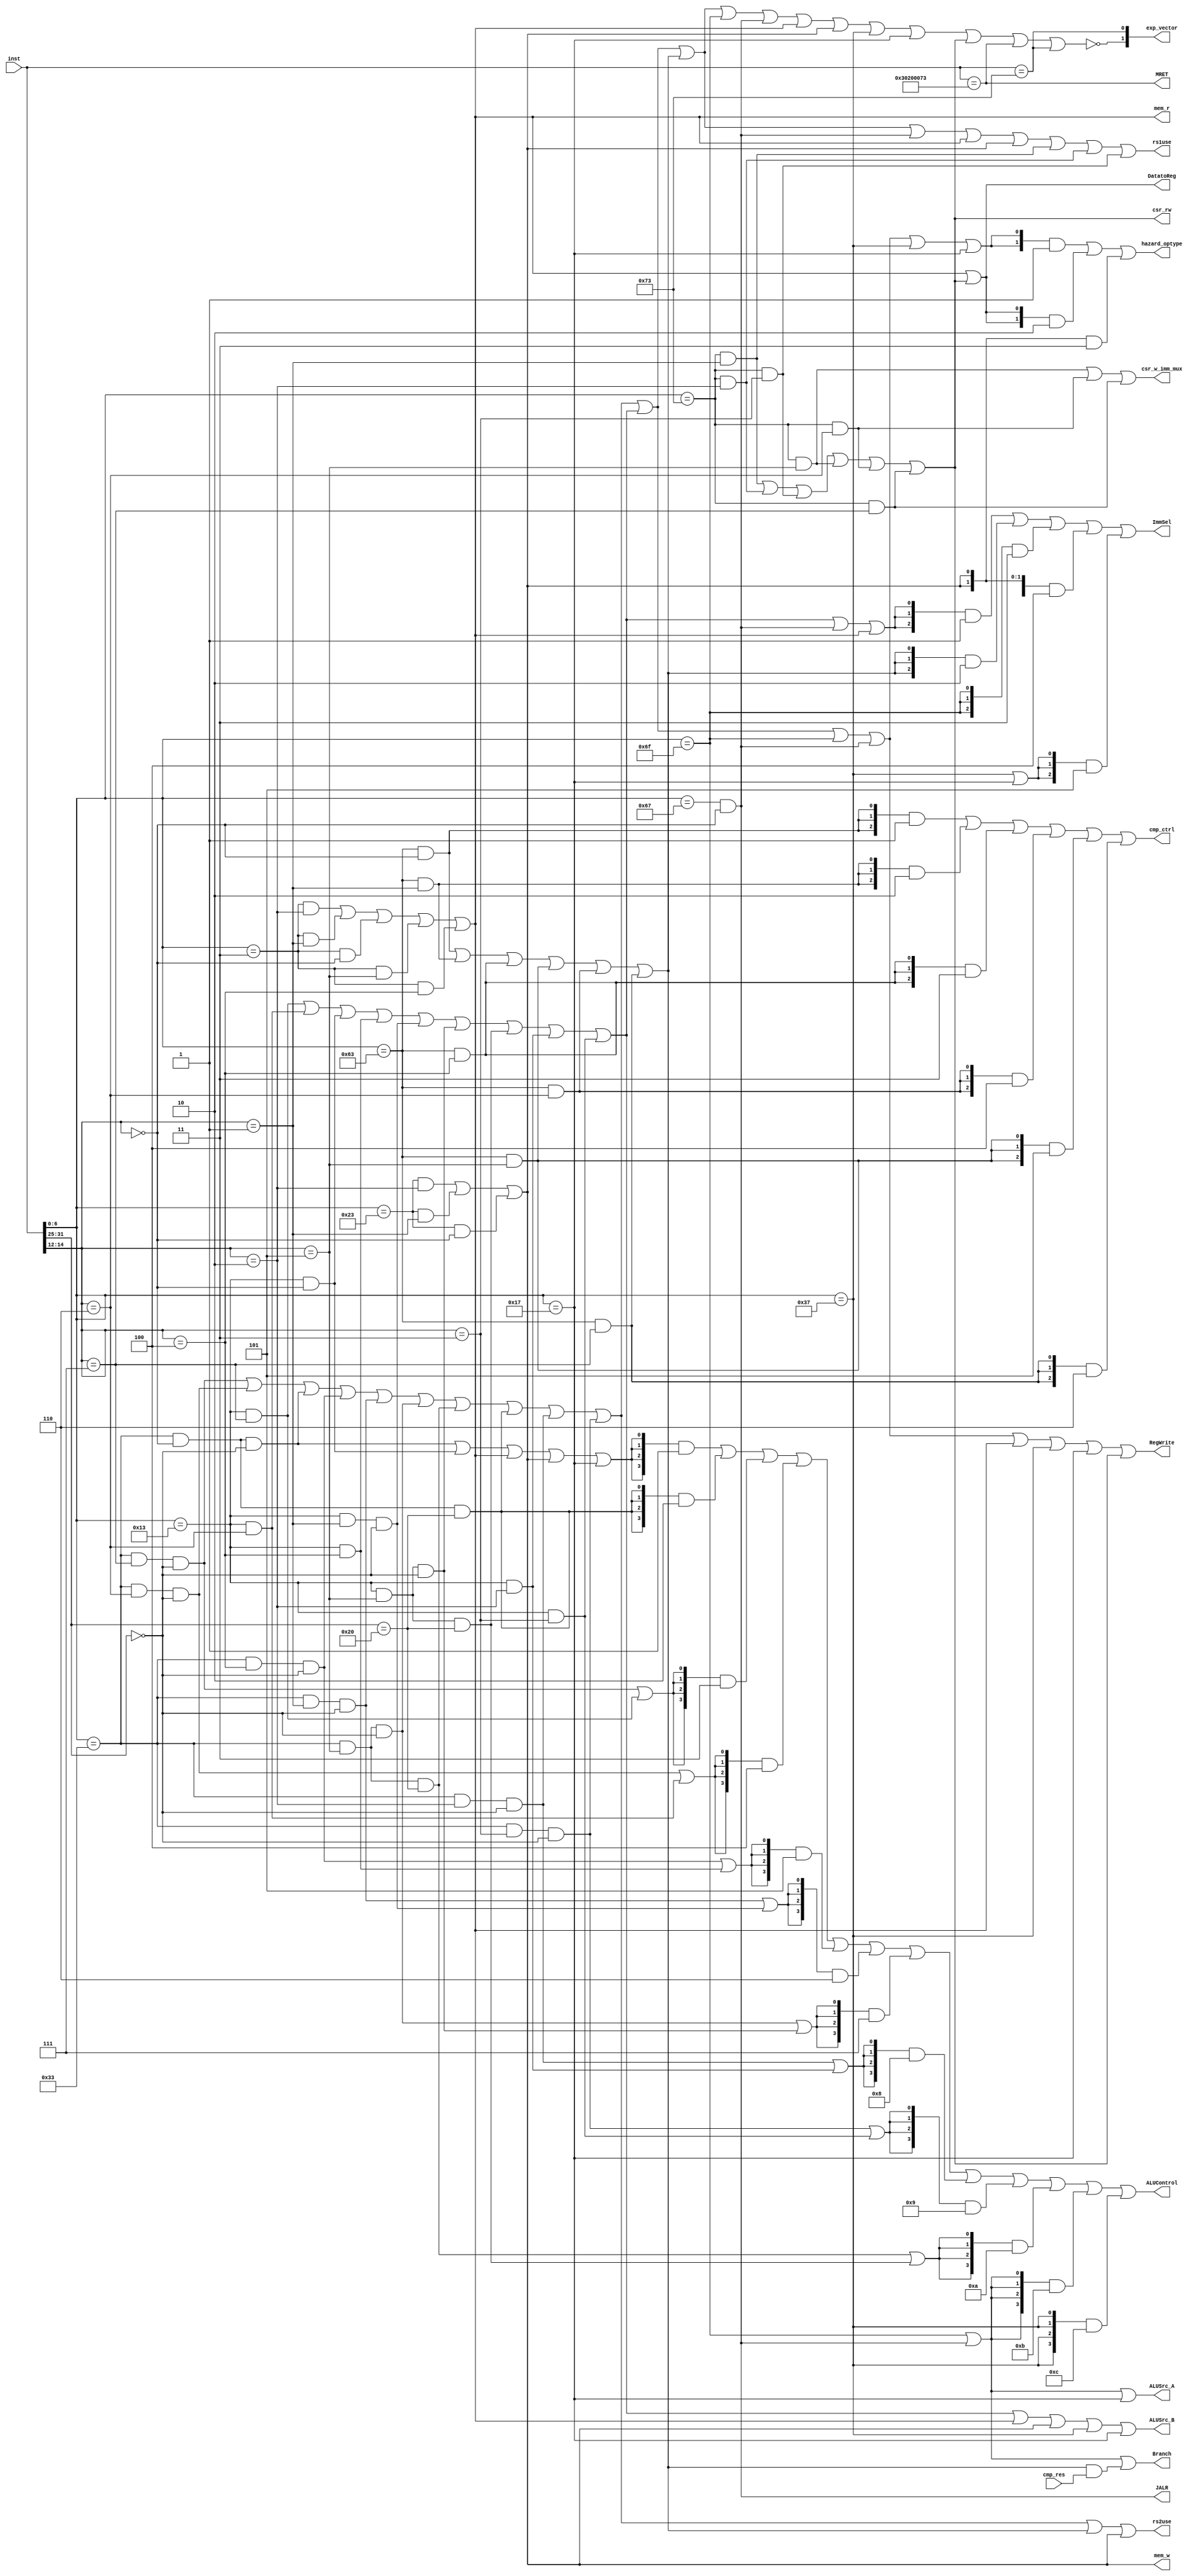
`timescale 1ns / 1ps


module CtrlUnit(
    input[31:0] inst,
    input cmp_res,
    output Branch, ALUSrc_A, ALUSrc_B, DatatoReg, RegWrite, mem_w,
        mem_r, rs1use, rs2use,
    output [1:0] hazard_optype,
    output [2:0] ImmSel, cmp_ctrl,
    output [3:0] ALUControl,
    output JALR, MRET,

    output csr_rw, csr_w_imm_mux,

    output[1:0] exp_vector
);

    wire[6:0] funct7 = inst[31:25];
    wire[2:0] funct3 = inst[14:12];
    wire[6:0] opcode = inst[6:0];

    wire Rop = opcode == 7'b0110011;
    wire Iop = opcode == 7'b0010011;
    wire Bop = opcode == 7'b1100011;
    wire Lop = opcode == 7'b0000011;
    wire Sop = opcode == 7'b0100011;
    wire CSRop = opcode == 7'b1110011;

    wire funct7_0  = funct7 == 7'h0;
    wire funct7_32 = funct7 == 7'h20;

    wire funct3_0 = funct3 == 3'h0;
    wire funct3_1 = funct3 == 3'h1;
    wire funct3_2 = funct3 == 3'h2;
    wire funct3_3 = funct3 == 3'h3;
    wire funct3_4 = funct3 == 3'h4;
    wire funct3_5 = funct3 == 3'h5;
    wire funct3_6 = funct3 == 3'h6;
    wire funct3_7 = funct3 == 3'h7;

    wire ADD  = Rop & funct3_0 & funct7_0;
    wire SUB  = Rop & funct3_0 & funct7_32;
    wire SLL  = Rop & funct3_1 & funct7_0;
    wire SLT  = Rop & funct3_2 & funct7_0;
    wire SLTU = Rop & funct3_3 & funct7_0;
    wire XOR  = Rop & funct3_4 & funct7_0;
    wire SRL  = Rop & funct3_5 & funct7_0;
    wire SRA  = Rop & funct3_5 & funct7_32;
    wire OR   = Rop & funct3_6 & funct7_0;
    wire AND  = Rop & funct3_7 & funct7_0;

    wire ADDI  = Iop & funct3_0;	
    wire SLTI  = Iop & funct3_2;
    wire SLTIU = Iop & funct3_3;
    wire XORI  = Iop & funct3_4;
    wire ORI   = Iop & funct3_6;
    wire ANDI  = Iop & funct3_7;
    wire SLLI  = Iop & funct3_1 & funct7_0;
    wire SRLI  = Iop & funct3_5 & funct7_0;
    wire SRAI  = Iop & funct3_5 & funct7_32;

    wire BEQ = Bop & funct3_0;
    wire BNE = Bop & funct3_1;
    wire BLT = Bop & funct3_4;
    wire BGE = Bop & funct3_5;
    wire BLTU = Bop & funct3_6;
    wire BGEU = Bop & funct3_7;

    wire LB =  Lop & funct3_0;
    wire LH =  Lop & funct3_1;
    wire LW =  Lop & funct3_2;
    wire LBU = Lop & funct3_4;
    wire LHU = Lop & funct3_5;

    wire SB = Sop & funct3_0;
    wire SH = Sop & funct3_1;
    wire SW = Sop & funct3_2;

    wire LUI   = opcode == 7'b0110111;
    wire AUIPC = opcode == 7'b0010111;

    wire JAL  =  opcode == 7'b1101111;
    assign JALR = (opcode == 7'b1100111) && funct3_0;

    wire CSRRW = CSRop & funct3_1;
    wire CSRRS = CSRop & funct3_2;
    wire CSRRC = CSRop & funct3_3;
    wire CSRRWI = CSRop & funct3_5;
    wire CSRRSI = CSRop & funct3_6;
    wire CSRRCI = CSRop & funct3_7;

    assign MRET = inst == 32'b0011000_00010_00000_000_00000_1110011;
    wire ECALL = inst == 32'b0111_0011;

    wire R_valid = AND | OR | ADD | XOR | SLL | SRL | SRA | SUB | SLT | SLTU;
    wire I_valid = ANDI | ORI | ADDI | XORI | SLLI | SRLI | SRAI | SLTI | SLTIU;
    wire B_valid = BEQ | BNE | BLT | BGE | BLTU | BGEU;
    wire L_valid = LW | LH | LB | LHU | LBU;
    wire S_valid = SW | SH | SB;
    wire CSR_valid = CSRRW | CSRRS | CSRRC | CSRRWI | CSRRSI | CSRRCI;


    assign Branch = JAL | JALR | B_valid & cmp_res;

    localparam Imm_type_I = 3'b001;
    localparam Imm_type_B = 3'b010;
    localparam Imm_type_J = 3'b011;
    localparam Imm_type_S = 3'b100;
    localparam Imm_type_U = 3'b101;
    assign ImmSel = {3{I_valid | JALR | L_valid}} & Imm_type_I |
                    {3{B_valid}}                  & Imm_type_B |
                    {3{JAL}}                      & Imm_type_J |
                    {3{S_valid}}                  & Imm_type_S |
                    {3{LUI | AUIPC}}              & Imm_type_U ;

    localparam cmp_EQ  = 3'b001;
    localparam cmp_NE  = 3'b010;
    localparam cmp_LT  = 3'b011;
    localparam cmp_LTU = 3'b100;
    localparam cmp_GE  = 3'b101;
    localparam cmp_GEU = 3'b110;
    assign cmp_ctrl = {3{BEQ }} & cmp_EQ  |
                      {3{BNE }} & cmp_NE  |
                      {3{BLT }} & cmp_LT  |
                      {3{BLTU}} & cmp_LTU |
                      {3{BGE }} & cmp_GE  |
                      {3{BGEU}} & cmp_GEU ;

    assign ALUSrc_A = JAL | JALR | AUIPC;

    assign ALUSrc_B = I_valid | L_valid | S_valid | LUI | AUIPC;

    localparam ALU_ADD  = 4'b0001;
    localparam ALU_SUB  = 4'b0010;
    localparam ALU_AND  = 4'b0011;
    localparam ALU_OR   = 4'b0100;
    localparam ALU_XOR  = 4'b0101;
    localparam ALU_SLL  = 4'b0110;
    localparam ALU_SRL  = 4'b0111;
    localparam ALU_SLT  = 4'b1000;
    localparam ALU_SLTU = 4'b1001;
    localparam ALU_SRA  = 4'b1010;
    localparam ALU_Ap4  = 4'b1011;
    localparam ALU_Bout = 4'b1100;
    assign ALUControl = {4{ADD | ADDI | L_valid | S_valid | AUIPC}} & ALU_ADD  |
                        {4{SUB}}                                    & ALU_SUB  |
                        {4{AND | ANDI}}                             & ALU_AND  |
                        {4{OR | ORI}}                               & ALU_OR   |
                        {4{XOR | XORI}}                             & ALU_XOR  |
                        {4{SLL | SLLI}}                             & ALU_SLL  |
                        {4{SRL | SRLI}}                             & ALU_SRL  |
                        {4{SLT | SLTI}}                             & ALU_SLT  |
                        {4{SLTU | SLTIU}}                           & ALU_SLTU |
                        {4{SRA | SRAI}}                             & ALU_SRA  |
                        {4{JAL | JALR}}                             & ALU_Ap4  |
                        {4{LUI}}                                    & ALU_Bout ;

    assign DatatoReg = L_valid | CSR_valid;

    assign RegWrite = R_valid | I_valid | JAL | JALR | L_valid | LUI | AUIPC | CSR_valid;

    assign mem_w = S_valid;

    assign mem_r = L_valid;

    assign rs1use = R_valid | I_valid | B_valid | JALR | L_valid | S_valid |
                    CSRRW | CSRRS | CSRRC ;

    assign rs2use = R_valid | B_valid | S_valid;

    localparam hazard_optype_ALU = 2'd1;
    localparam hazard_optype_LOAD = 2'd2;
    localparam hazard_optype_STORE = 2'd3;
    assign hazard_optype = {2{R_valid | I_valid | JAL | JALR | LUI | AUIPC}}
                                                     & hazard_optype_ALU  | 
                            {2{L_valid | CSR_valid}} & hazard_optype_LOAD |
                            {2{S_valid}}             & hazard_optype_STORE;
    
    assign csr_rw = CSR_valid;

    assign csr_w_imm_mux = CSRRWI | CSRRSI | CSRRCI ;

    wire illegal_inst = ~(R_valid | I_valid | B_valid | JAL | JALR | L_valid | S_valid |
        LUI | AUIPC | CSR_valid | MRET | ECALL);
    
    assign exp_vector = {illegal_inst, ECALL};

endmodule